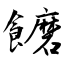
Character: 饝